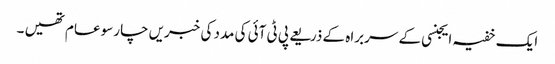
ایک خفیہ ایجنسی کے سربراہ کے ذریعے پی ٹی آئی کی مدد کی خبریں چارسو عام تھیں ۔